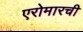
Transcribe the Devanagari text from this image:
एरोमारची